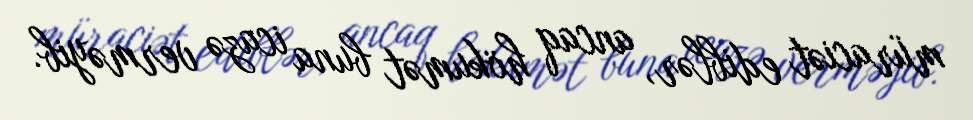
müraciət ediblər, ancaq hökumət buna icazə verməyib.